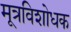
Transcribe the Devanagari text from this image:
मूत्रविशोधक